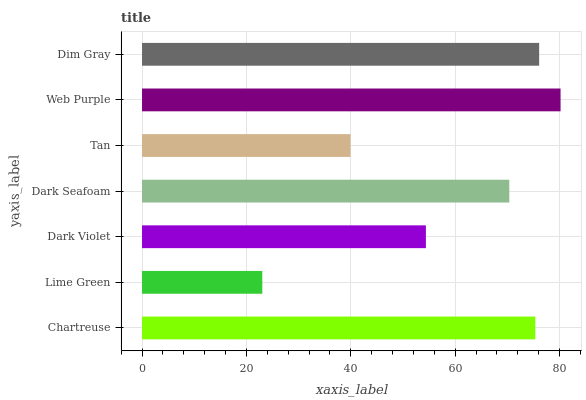
| yaxis_label | bars |
 | --- | --- |
 | Chartreuse | 75.4 |
 | Lime Green | 23 |
 | Dark Violet | 54.4 |
 | Dark Seafoam | 70.4 |
 | Tan | 40 |
 | Web Purple | 80.2 |
 | Dim Gray | 76.1 |